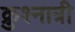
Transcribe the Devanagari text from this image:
क्रुश्नात्री